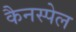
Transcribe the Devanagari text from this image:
कैनस्पेल